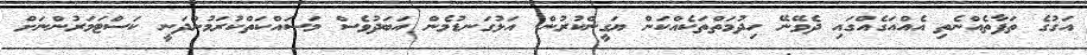
އަގުގެ ތަފާތެއްނެތި އެއްއަގެއްގައި ދެވޭނޭ ހިދުމަތްތަކެއްކަން ޔަގީންކުރުން. އަޅުގަނޑުމެން އަބަދުވެސް މަސައްކަތްކުރަމުންދަނީ ކަސްޓަމަރުންނަށް